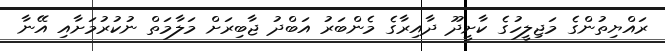
ރައްޔިތުންގެ މަޖިލީހުގެ ކާށީދޫ ދާއިރާގެ މެންބަރު އަބްދު ޖާބިރަށް މަލާމަތް ނުކުރުމަށާއި އޭނާ